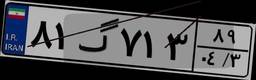
۲۶گ۵۲۲۳۸